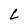
Character: L